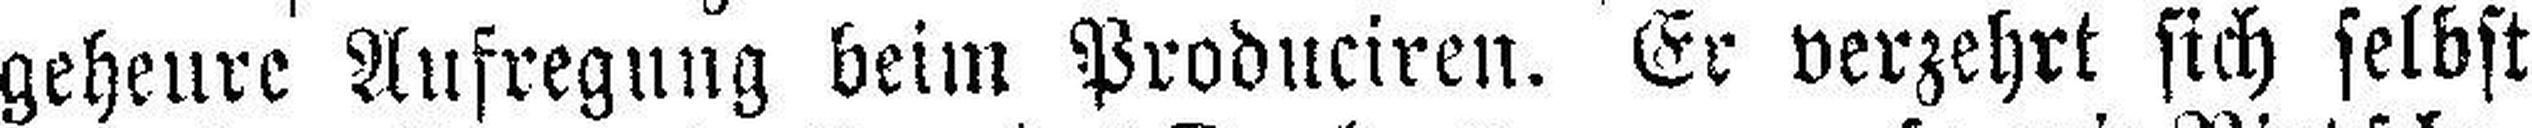
geheure Aufregung beim Produciren. Er verzehrt sich selbst